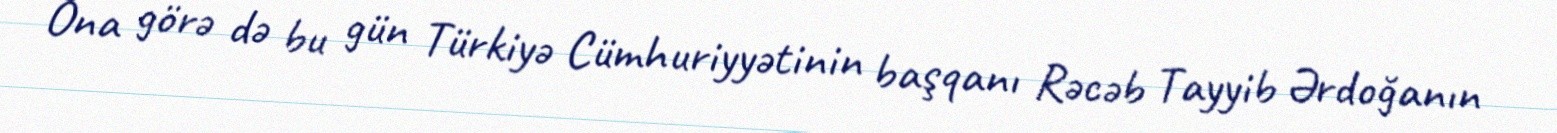
Ona görə də bu gün Türkiyə Cümhuriyyətinin başqanı Rəcəb Tayyib Ərdoğanın